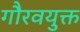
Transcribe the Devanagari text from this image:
गौरवयुक्त